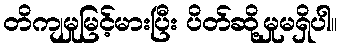
တိကျမှုမြင့်မားပြီး ပိတ်ဆို့မှုမရှိပါ။